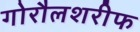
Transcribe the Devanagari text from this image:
गोरौलशरीफ